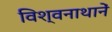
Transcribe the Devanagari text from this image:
विश्वनाथानें